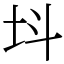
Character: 㘰